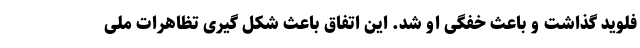
فلوید گذاشت و باعث خفگی او شد. این اتفاق باعث شکل گیری تظاهرات ملی